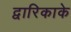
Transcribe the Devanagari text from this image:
द्वारिकाके